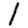
Digit: 1